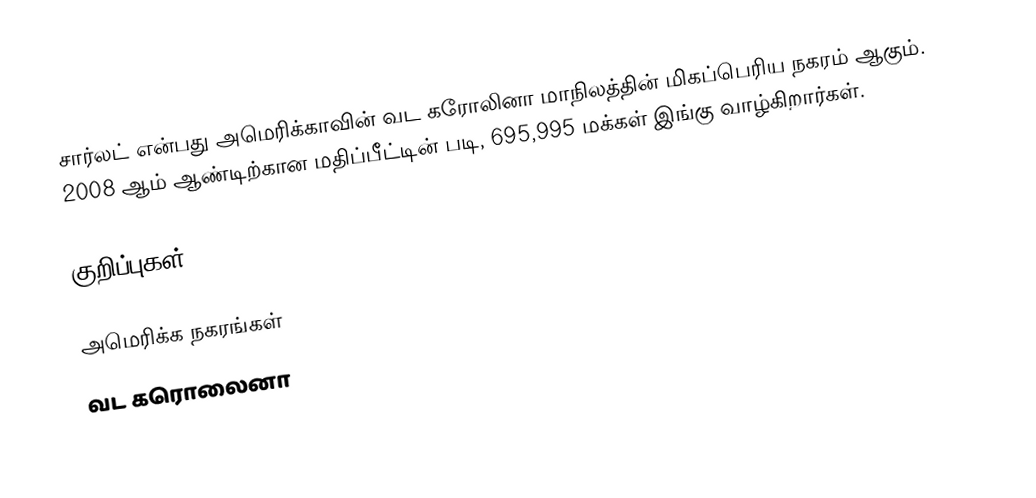
சார்லட் என்பது அமெரிக்காவின் வட கரோலினா மாநிலத்தின் மிகப்பெரிய நகரம் ஆகும். 2008 ஆம் ஆண்டிற்கான மதிப்பீட்டின் படி, 695,995 மக்கள் இங்கு வாழ்கிறார்கள்.

குறிப்புகள்

அமெரிக்க நகரங்கள்
வட கரொலைனா